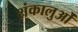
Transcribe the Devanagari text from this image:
शंकालुओं